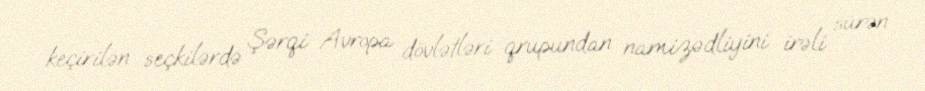
keçirilən seçkilərdə Şərqi Avropa dövlətləri qrupundan namizədliyini irəli sürən